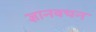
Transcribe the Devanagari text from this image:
ज्ञानवचन